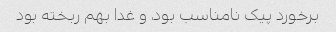
برخورد پیک نامناسب بود، و غدا بهم ربخته بود